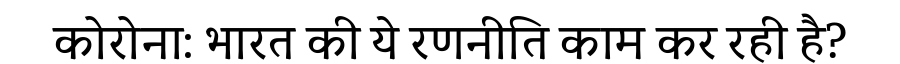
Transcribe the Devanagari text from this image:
कोरोना: भारत की ये रणनीति काम कर रही है?